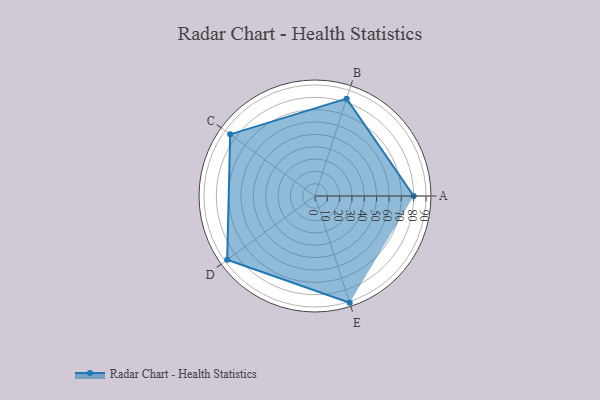
{"axis": {"x": "Skill", "y": "Score"}, "legend": ["Profile"], "data": [{"x": "A", "y": 80.0, "type": "Profile"}, {"x": "B", "y": 83.0, "type": "Profile"}, {"x": "C", "y": 85.0, "type": "Profile"}, {"x": "D", "y": 88.0, "type": "Profile"}, {"x": "E", "y": 91.0, "type": "Profile"}]}